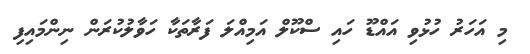
މި އަހަރު ހުޅުވި އައްޑޫ ހައި ސްކޫލް އަމިއްލަ ފަރާތަކާ ހަވާލުކުރަން ނިންމައިފި